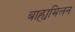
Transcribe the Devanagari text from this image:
बाह्यमिलन